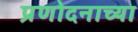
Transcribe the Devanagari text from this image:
प्रणोदनाच्या